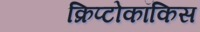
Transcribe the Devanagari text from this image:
क्रिप्टोकॉकिस